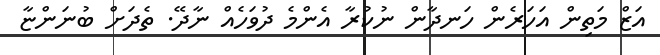
އަޒް މަތިން އަހަރެން ހަނދާން ނުކުރާ އެންމެ ދުވަހެއް ނާދޭ. ތެދަށް ބުނަންޏާ